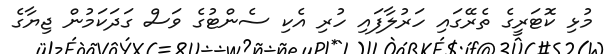
މުޅި ކޮޓަރީގެ ތެރޭގައި ހަރުލާފައި ހުރި އެކި ސެންޓުގެ ވަސް ގަދަކަމުން ޖިޔާގެ